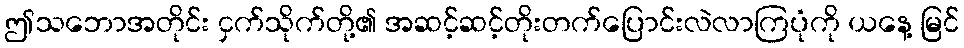
ဤသဘောအတိုင်း ငှက်သိုက်တို့၏ အဆင့်ဆင့်တိုးတက်ပြောင်းလဲလာကြပုံကို ယနေ့ မြင်